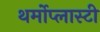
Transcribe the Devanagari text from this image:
थर्मोप्लास्टी